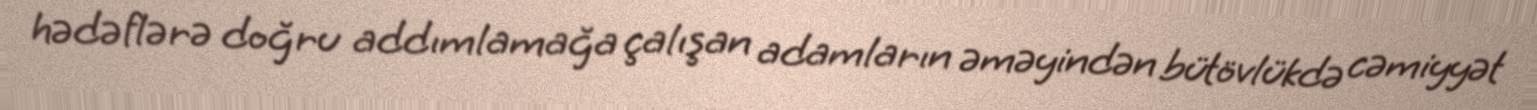
hədəflərə doğru addımlamağa çalışan adamların əməyindən bütövlükdə cəmiyyət